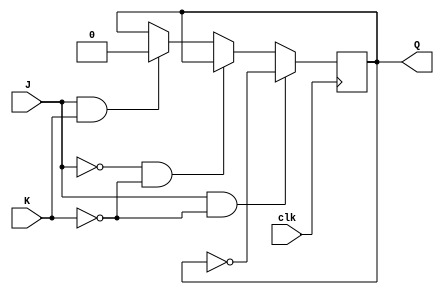
module jk_latch (
    input wire J,
    input wire K,
    input wire clk,
    output reg Q
);

always @(posedge clk) begin
    if (J & ~K)
        Q <= ~Q;
    else if (~J & ~K)
        Q <= Q;
    else if (J & K)
        Q <= 0;
end

endmodule